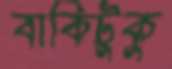
বাকিটুকু